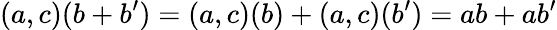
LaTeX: (a,c)(b+b^{\prime})=(a,c)(b)+(a,c)(b^{\prime})=ab+ab^{\prime}